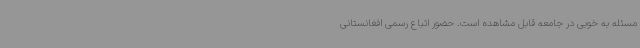
مسئله به خوبی در جامعه قابل مشاهده است. حضور اتباع رسمی افغانستانی